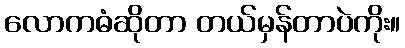
လောကဓံဆိုတာ တယ်မှန်တာပဲကိုး။